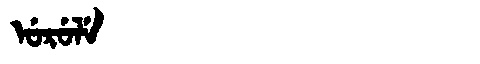
Manchu: ᡠᡵᡠᠯᡝ
Romanization: URULE